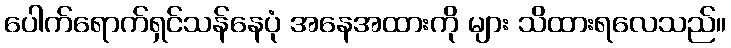
ပေါက်ရောက်ရှင်သန်နေပုံ အနေအထားကို များ သိထားရလေသည်။